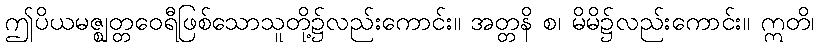
ဤပိယမဇ္ဈတ္တဝေရီဖြစ်သောသူတို့၌လည်းကောင်း။ အတ္တနိ စ၊ မိမိ၌လည်းကောင်း။ ဣတိ၊